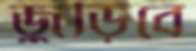
জুড়িবে